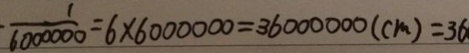
\frac { 1 } { 6 0 0 0 0 0 0 } = 6 \times 6 0 0 0 0 0 0 = 3 6 0 0 0 0 0 0 ( c m ) = 3 6